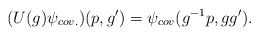
\begin{align*}(U(g)\psi_{cov.}) (p,g') = \psi_{cov} (g^{-1}p,gg').\end{align*}